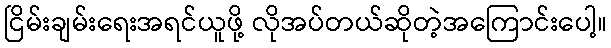
ငြိမ်းချမ်းရေးအရင်ယူဖို့ လိုအပ်တယ်ဆိုတဲ့အကြောင်းပေါ့။